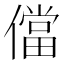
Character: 儅